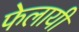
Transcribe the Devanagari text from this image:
फेलायी